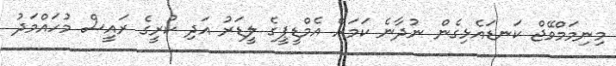
މިނިމަމްވޭޖް ކަނޑައެޅިގެން ނުދާނެ ކަމަށް އެމްޑީޕީގެ ލީޑަރު އަދި ކުރީގެ ރައީސް މުހައްމަދު